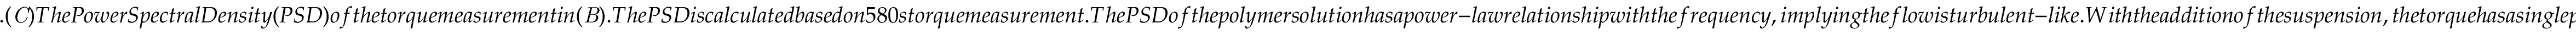
. ( { \it C } ) T h e P o w e r S p e c t r a l D e n s i t y ( P S D ) o f t h e t o r q u e m e a s u r e m e n t i n ( { \it B } ) . { T h e P S D i s c a l c u l a t e d b a s e d o n 5 8 0 s t o r q u e m e a s u r e m e n t } . T h e P S D o f t h e p o l y m e r s o l u t i o n h a s a p o w e r - l a w r e l a t i o n s h i p w i t h t h e f r e q u e n c y , i m p l y i n g t h e f l o w i s t u r b u l e n t - l i k e . W i t h t h e a d d i t i o n o f t h e s u s p e n s i o n , t h e t o r q u e h a s a s i n g l e p e a k w i t h a f r e q u e n c y o f